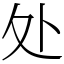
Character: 处